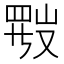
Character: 𱜂